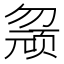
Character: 𱑀